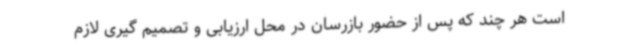
است هر چند که پس از حضور بازرسان در محل ارزیابی و تصمیم گیری لازم